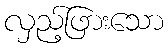
လှည့်ဖြားသော